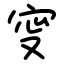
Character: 㝕